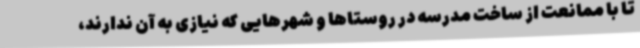
تا با ممانعت از ساخت مدرسه در روستاها و شهرهایی که نیازی به آن ندارند،